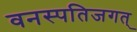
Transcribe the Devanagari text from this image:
वनस्पतिजगत्